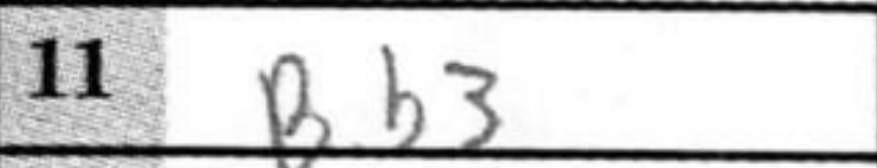
Transcription: Bb3